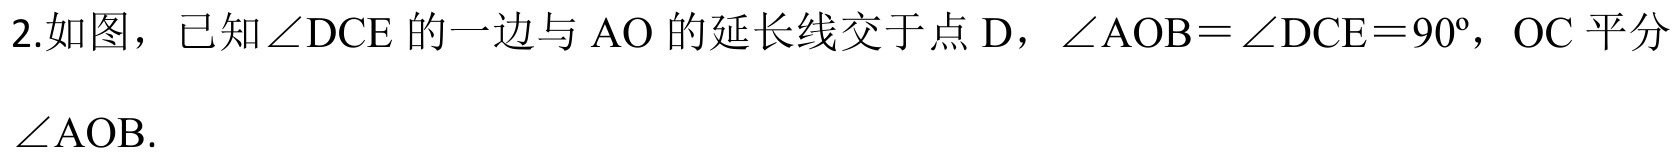
2.如图，已知\(\angle DCE\)的一边与\(AO\)的延长线交于点\(D\)，\(\angle AOB = \angle DCE = 90^{\circ}\)，\(OC\)平分\(\angle AOB\).